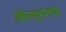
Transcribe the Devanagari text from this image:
सोल्यूशनचा